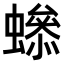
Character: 𧑫